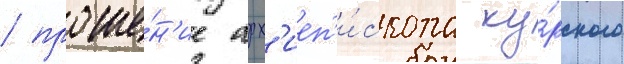
/ проше́н'ие арх'иеп'и́скопа ку́рского